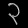
Digit: ၃